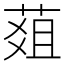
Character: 𦵔